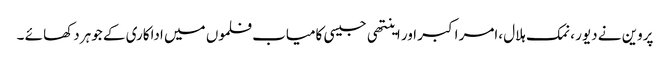
پروین نے دیور ،نمک ہلال ،امر اکبر اور اینتھی جیسی کامیاب فلموں میں اداکاری کے جوہر دکھا ئے ۔